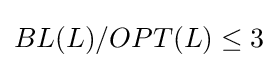
BL(L)/OPT(L)\leq 3